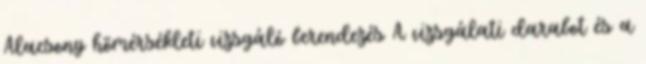
Alacsony hõmérsékleti vizsgáló berendezés A vizsgálati darabot és a